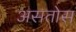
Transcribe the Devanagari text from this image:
असतोस